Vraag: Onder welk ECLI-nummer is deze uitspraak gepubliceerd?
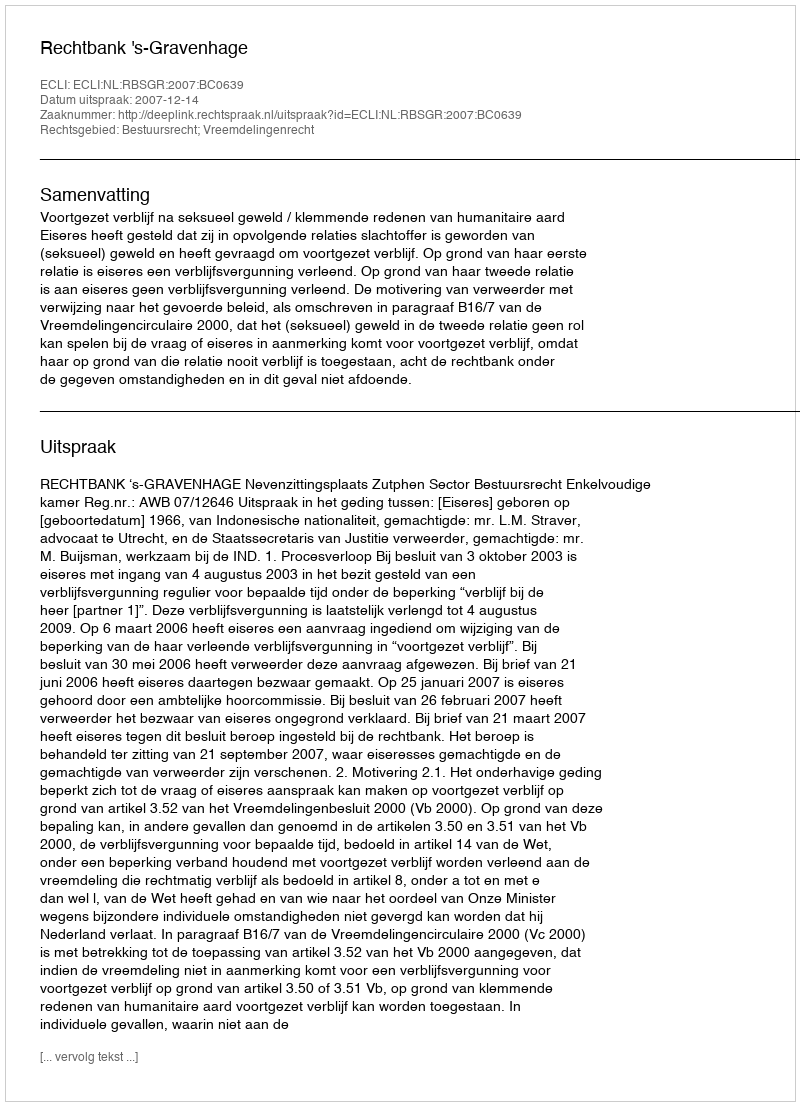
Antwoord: ECLI:NL:RBSGR:2007:BC0639